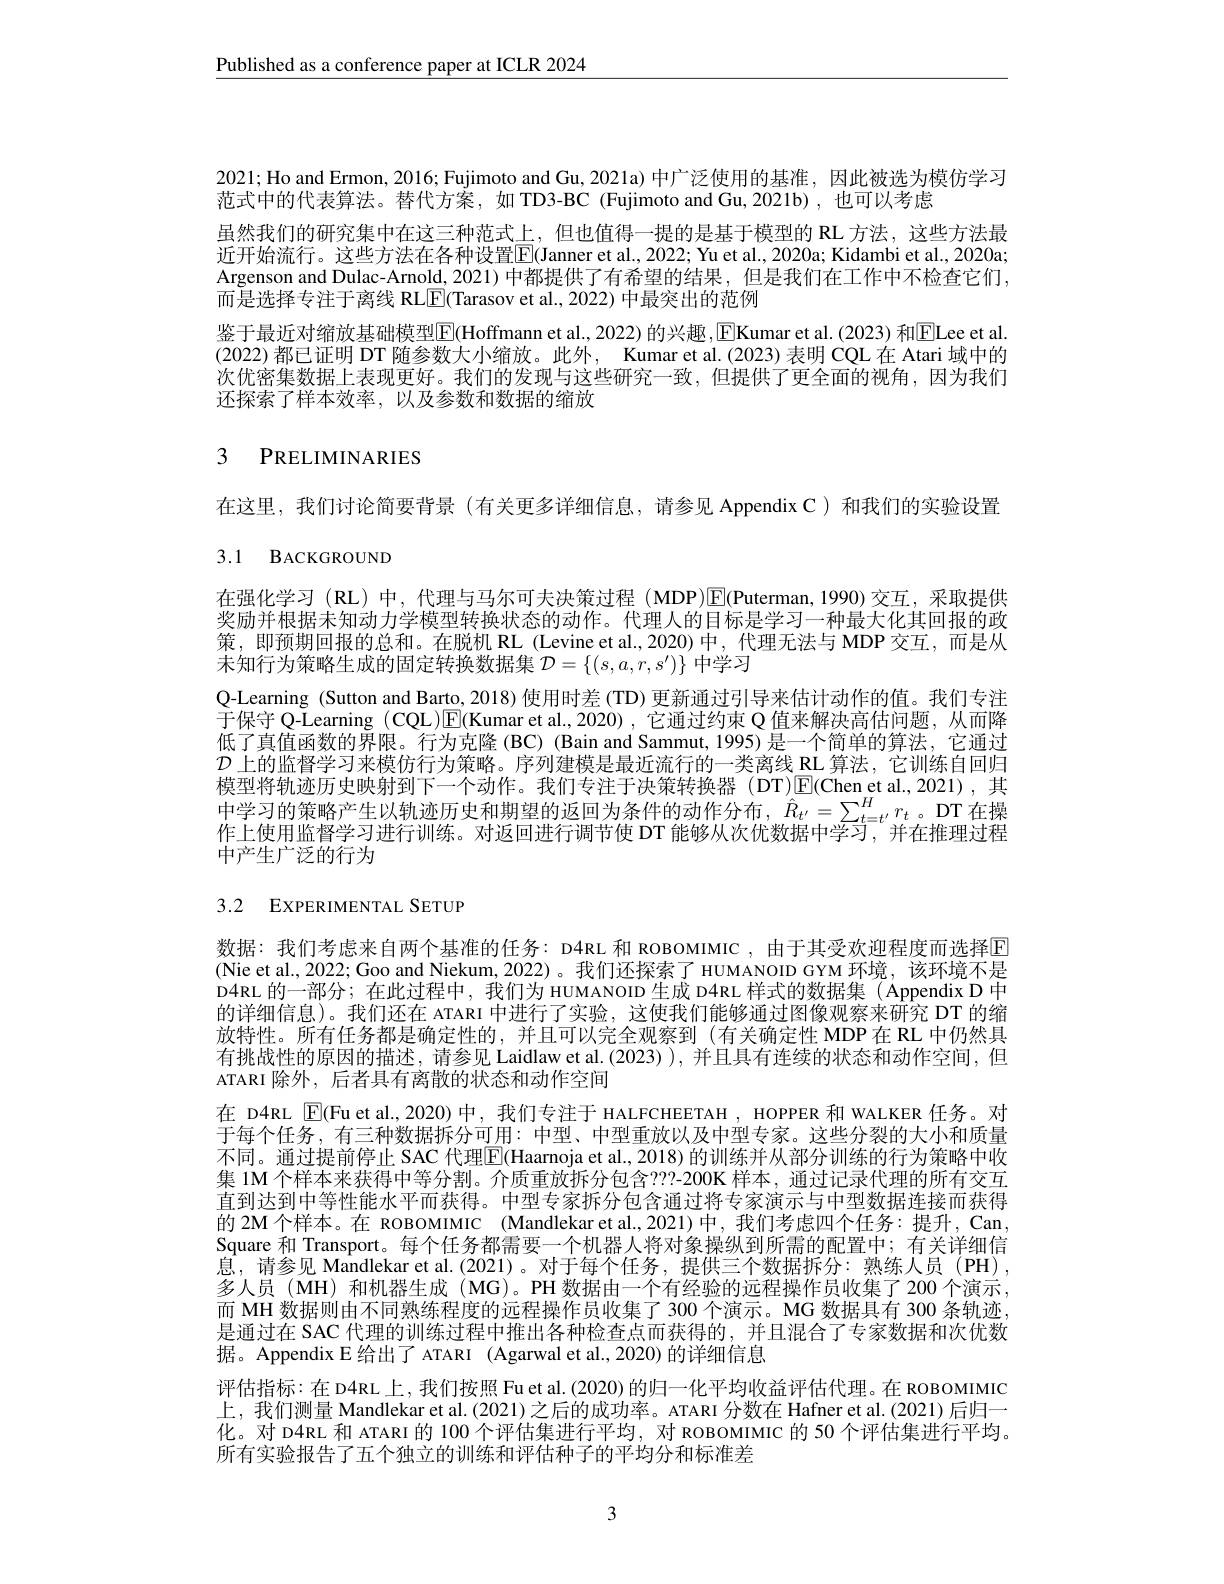
$\underline{\text{Published as a conference paper at ICLR 2024}}$

2021; Ho and Ermon, 2016; Fujimoto and Gu, 2021a) 中广泛使用的基准，因此被选为模仿学习
范式中的代表算法。替代方案，如 TD3-BC (Fujimoto and Gu,2021b),也可以考虑
虽然我们的研究集中在这三种范式上，但也值得一提的是基于模型的 RL 方法，这些方法最近开始流行。这些方法在各种设置$\boxed{\mathrm{E}}($Janner et al., 2022; Yu et al., 2020a; Kidambi et al., 2020a; Argenson and Dulac-Arnold, 2021) 中都提供了有希望的结果，但是我们在工作中不检查它们， 而是选择专注于离线 RL$\boxed{\mathrm{E}}($Tarasov et al., 2022) 中最突出的范例
鉴于最近对缩放基础模型$\boxed{\mathrm{E}}($Hoffmann et al., 2022) 的兴趣，$\boxed{\mathrm{E}}$Kumar et al. (2023) 和$\boxed{\mathrm{E}}$Lee et al (2022)都已证明 DT 随参数大小缩放。此外，Kumar et al.(2023)表明 CQL 在 Atari 域中的次优密集数据上表现更好。我们的发现与这些研究一致，但提供了更全面的视角，因为我们还探索了样本效率，以及参数和数据的缩放

# 3 PRELIMINARIES

在这里，我们讨论简要背景(有关更多详细信息，请参见 Appendix C)和我们的实验设置

# 3.1 BACKGROUND

在强化学习 (RL) 中，代理与马尔可夫决策过程 (MDP)E(Puterman,1990)交互，采取提供奖励并根据未知动力学模型转换状态的动作。代理人的目标是学习一种最大化其回报的政策，即预期回报的总和。在脱机 RL (Levine et al.,2020)中，代理无法与 MDP 交互，而是从末知行为策略生成的固定转换数据集$\mathcal{D}=\left\{(s,a,r,s^{\prime})\right\}$中学习
Q-Learning (Sutton and Barto, 2018) 使用时差 (TD) 更新通过引导来估计动作的值。我们专注于保守 Q-Learning (CQL)$\boxed{\mathrm{E}}($Kumar et al.,2020),它通过约束 Q 值来解决高估问题，从而降低了真值函数的界限。行为克隆(BC) (Bain and Sammut, 1995) 是一个简单的算法，它通过$\mathcal{D}$上的监督学习来模仿行为策略。序列建模是最近流行的一类离线 RL 算法，它训练自回归模型将轨迹历史映射到下一个动作。我们专注于决策转换器 (DT)$\boxed{\mathrm{E}}($Chen et al.,2021),其快 主 时 机 题 历 史 吹 为 功 「 「 列 IF。我 们 了 1] 贝 尔 托 氏 T$( \mathbf{D} ^{1/ \text{L( CIen CI ar, 202) , 其 }}$ 中 学 习 的 策 略 产 生 以 轨 迹 历 史 和 期 望 的 返 回 为 条 件 的 动 作 分 布 , $\hat{R} _{t^{\prime }}= \sum _{t= t^{\prime }}^{H}r_{t}$ 。DT在 操 作 上 使 用 收 极 学 习 进 行 训 练 对 话 同 节 后 调 苦 使 DT能 够 从 冲 优 数 据 中 学 习作上使用监督学习进行训练。对返回进行调节使 DT 能够从次优数据中学习，并在推理过程中产生广泛的行为

# 3.2 EXPERIMENTAL SETUP

数据：我们考虑来自两个基准的任务：D4RL 和 ROBOMIMIC ,由于其受欢迎程度而选择$\color{red}{E}$ (Nie et al., 2022; Goo and Niekum, 2022)。我们还探索了 HUMANOID GYM 环境，该环境不是D4RL 的一部分；在此过程中，我们为 HUMANOID 生成 D4RL 样式的数据集( Appendix D 中的详细信息)。我们还在 ATARI 中进行了实验，这使我们能够通过图像观察来研究 DT 的缩放特性。所有任务都是确定性的，并且可以完全观察到(有关确定性 MDP在 RL 中仍然具有挑战性的原因的描述，请参见 Laidlaw et al.(2023) ), 并且具有连续的状态和动作空间，但ATARI 除外，后者具有离散的状态和动作空间
在 D4RL $\mathbb{E}($Fu et al.,2020)中，我们专注于 HALFCHEETAH , HOPPER 和 WALKER 任务。对于每个任务，有三种数据拆分可用：中型、中型重放以及中型专家。这些分裂的大小和质量不同。通过提前停止 SAC 代理$\overline{\mathrm{E}}$(Haarnoja et al., 2018) 的训练并从部分训练的行为策略中收集 1M 个样本来获得中等分割。介质重放拆分包含？??-200K 样本，通过记录代理的所有交互直到达到中等性能水平而获得。中型专家拆分包含通过将专家演示与中型数据连接而获得的 2M 个样本。在 ROBOMIMIC (Mandlekar et al.,2021)中，我们考虑四个任务：提升，Can Square 和 Transport。每个任务都需要一个机器人将对象操纵到所需的配置中；有关详细信息，请参见 Mandlekar et al.(2021)。对于每个任务，提供三个数据拆分：熟练人员 (PH) , 多人员(MH)和机器生成(MG)。PH数据由一个有经验的远程操作员收集了200 个演示， 而 MH 数据则由不同熟练程度的远程操作员收集了 300 个演示。MG 数据具有 300 条轨迹是通过在 SAC 代理的训练过程中推出各种检查点而获得的，并且混合了专家数据和次优数据。Appendix E 给出了 ATARI (Agarwal et al.,2020) 的详细信息
评估指标：在 D4RL 上，我们按照 Fu et al. (2020) 的归一化平均收益评估代理。在 ROBOMIMIC 上，我们测量 Mandlekar et al.(2021)之后的成功率。ATARI 分数在 Hafner et al.(2021)后归一化。对 D4RL 和 ATARI 的 100 个评估集进行平均，对 ROBOMIMIC 的 50 个评估集进行平均。所有实验报告了五个独立的训练和评估种子的平均分和标准差

3